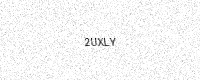
Text: 2UXLY